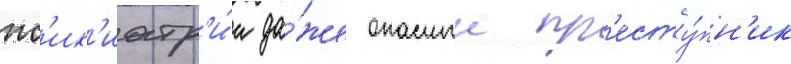
пс'их'иатр'и́и да́же опасныи пр'есту́пн'ик